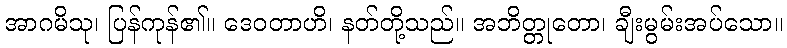
အာဂမိသု၊ ပြန်ကုန်၏။ ဒေဝတာဟိ၊ နတ်တို့သည်။ အဘိတ္တုတော၊ ချီးမွမ်းအပ်သော။